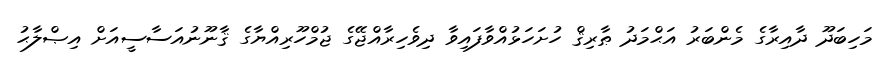
މަހިބަދޫ ދާއިރާގެ މެންބަރު އަޙްމަދު ޠާރިޤް ހުށަހަޅުއްވާފައިވާ ދިވެހިރާއްޖޭގެ ޖުމްހޫރިއްޔާގެ ޤާނޫނުއަސާސީއަށް އިޞްލާޙު